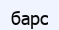
барс